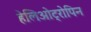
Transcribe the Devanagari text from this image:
हेलिओट्रोपिन